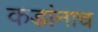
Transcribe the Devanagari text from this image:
कडांनाच